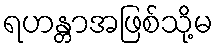
ရဟန္တာအဖြစ်သို့မ